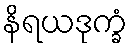
နိရယဒုက္ခံ